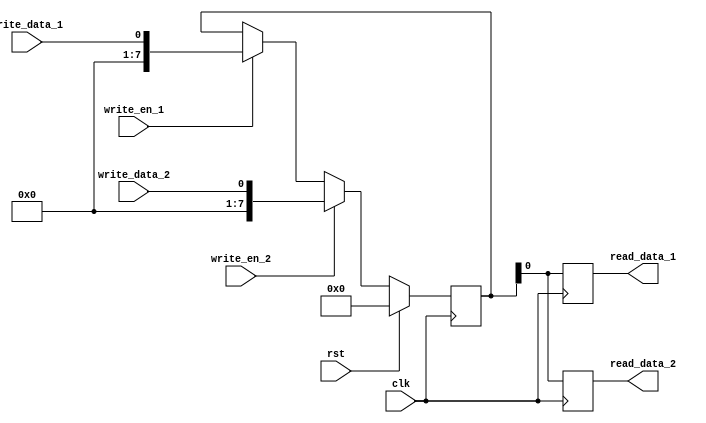
module dual_port_register (
    input wire clk,
    input wire rst,
    input wire write_en_1,
    input wire write_data_1,
    output reg read_data_1,
    input wire write_en_2,
    input wire write_data_2,
    output reg read_data_2
);

reg [7:0] register_mem;

always @ (posedge clk) begin
    if (rst) begin
        register_mem <= 8'b0;
    end else begin
        if (write_en_1) begin
            register_mem <= write_data_1;
        end
        if (write_en_2) begin
            register_mem <= write_data_2;
        end
    end
end

always @ (posedge clk) begin
    read_data_1 <= register_mem;
    read_data_2 <= register_mem;
end

endmodule